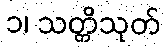
၁၊ သတ္တိသုတ်